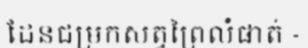
ដែនជម្រកសត្វព្រៃលំផាត់ -